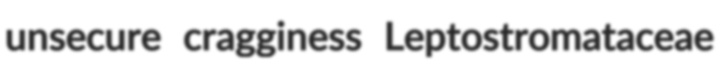
unsecure cragginess Leptostromataceae